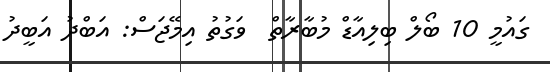
ގައުމީ 10 ބޯލް ބިލިއާޑް މުބާރާތް  ވަގުތު އިމޭޖަސް: އަބްދު އަބީދު